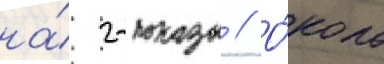
на́ 2-показы // О́коло